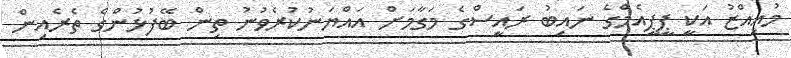
މުއިއްޒު އަކީ ޕީޕީއެމްގެ ނައިބު ރައީސްގެ މަގާމަށް އައްޔަނުކުރެވުނު ތިން ބޭފުޅުންގެ ތެރެއިން